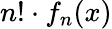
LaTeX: n!\cdot f_{n}(x)